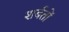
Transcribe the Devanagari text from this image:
शर्बतों